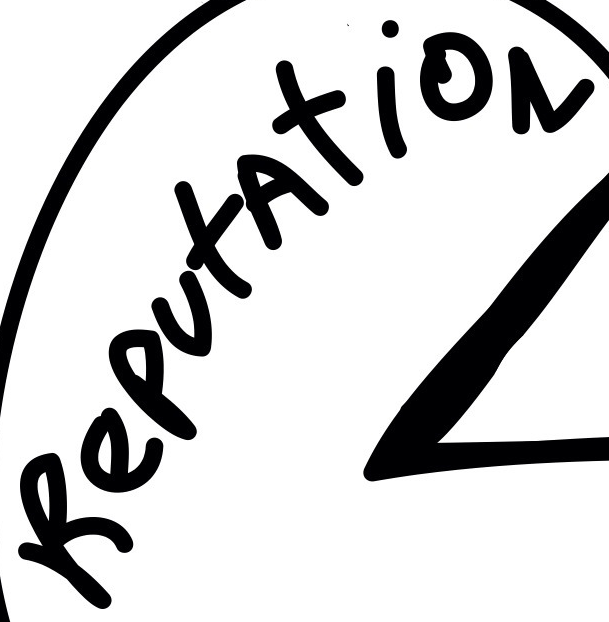
ReputAtiON